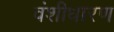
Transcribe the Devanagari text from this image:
वंशीधारण